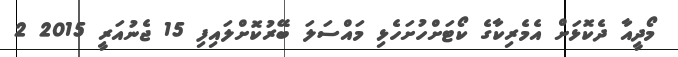
މޯދީއާ ދެކޮޅަށް އެމެރިކާގެ ކޯޓަށްހުށަހެޅި މައްސަލަ ބޭރުކޮށްލައިފި 15 ޖެނުއަރީ 2015 2